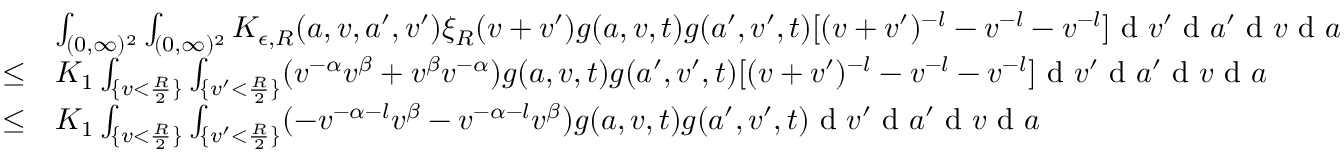
\begin{array} { r l } & { \int _ { ( 0 , \infty ) ^ { 2 } } \int _ { ( 0 , \infty ) ^ { 2 } } K _ { \epsilon , R } ( a , v , a ^ { \prime } , v ^ { \prime } ) \xi _ { R } ( v + v ^ { \prime } ) g ( a , v , t ) g ( a ^ { \prime } , v ^ { \prime } , t ) [ ( v + v ^ { \prime } ) ^ { - l } - v ^ { - l } - v ^ { - l } ] \textup { d } v ^ { \prime } \textup { d } a ^ { \prime } \textup { d } v \textup { d } a } \\ { \leq } & { K _ { 1 } \int _ { \{ v < \frac { R } { 2 } \} } \int _ { \{ v ^ { \prime } < \frac { R } { 2 } \} } ( v ^ { - \alpha } v ^ { \beta } + v ^ { \beta } v ^ { - \alpha } ) g ( a , v , t ) g ( a ^ { \prime } , v ^ { \prime } , t ) [ ( v + v ^ { \prime } ) ^ { - l } - v ^ { - l } - v ^ { - l } ] \textup { d } v ^ { \prime } \textup { d } a ^ { \prime } \textup { d } v \textup { d } a } \\ { \leq } & { K _ { 1 } \int _ { \{ v < \frac { R } { 2 } \} } \int _ { \{ v ^ { \prime } < \frac { R } { 2 } \} } ( - v ^ { - \alpha - l } v ^ { \beta } - v ^ { - \alpha - l } v ^ { \beta } ) g ( a , v , t ) g ( a ^ { \prime } , v ^ { \prime } , t ) \textup { d } v ^ { \prime } \textup { d } a ^ { \prime } \textup { d } v \textup { d } a } \end{array}